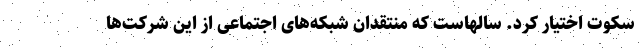
سکوت اختیار کرد. سالهاست که منتقدان شبکه‌های اجتماعی از این شرکت‌ها